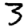
Digit: 3